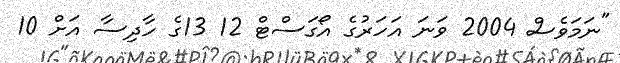
"ނަމަވެސް 2004 ވަނަ އަހަރުގެ އޯގަސްޓް 12 13ގެ ހާދިސާ އަށް 10